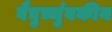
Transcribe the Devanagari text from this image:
वैद्युच्चुंबकीय